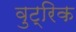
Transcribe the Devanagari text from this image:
वुट्रिक